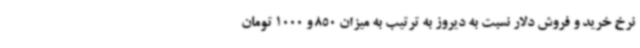
نرخ خرید و فروش دلار نسبت به دیروز به ترتیب به میزان 850 و 1000 تومان